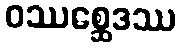
ဝဿစ္ဆေဒဿ